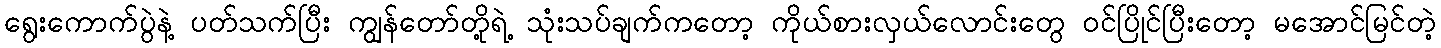
ရွေးကောက်ပွဲနဲ့ ပတ်သက်ပြီး ကျွန်တော်တို့ရဲ့ သုံးသပ်ချက်ကတော့ ကိုယ်စားလှယ်လောင်းတွေ ဝင်ပြိုင်ပြီးတော့ မအောင်မြင်တဲ့